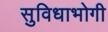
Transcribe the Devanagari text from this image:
सुविधाभोगी